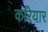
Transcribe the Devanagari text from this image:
करियार